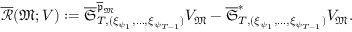
\begin{array} { r } { \overline { { \mathcal { R } } } ( \mathfrak { M } ; V ) : = \overline { \mathfrak { S } } _ { T , ( \xi _ { \psi _ { 1 } } , \dots , \xi _ { \psi _ { T - 1 } } ) } ^ { \overline { \mathfrak { p } } _ { \mathfrak { M } } } V _ { \mathfrak { M } } - \overline { \mathfrak { S } } _ { T , ( \xi _ { \psi _ { 1 } } , \dots , \xi _ { \psi _ { T - 1 } } ) } ^ { * } V _ { \mathfrak { M } } . } \end{array}